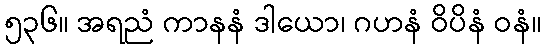
၅၃၆။ အရညံ ကာနနံ ဒါယော၊ ဂဟနံ ဝိပိနံ ဝနံ။